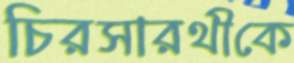
চিরসারথীকে